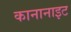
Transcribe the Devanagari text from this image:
कानानाइट